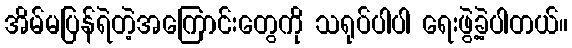
အိမ်မပြန်ရဲတဲ့အကြောင်းတွေကို သရုပ်ပါပါ ရေးဖွဲ့ခဲ့ပါတယ်။